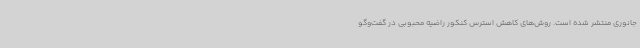
جانوری منتشر شده است. روش‌های کاهش استرس کنکور راضیه محبوبی در گفت‌وگو